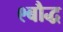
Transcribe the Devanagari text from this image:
९बौद्ध